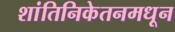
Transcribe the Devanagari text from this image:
शांतिनिकेतनमधून